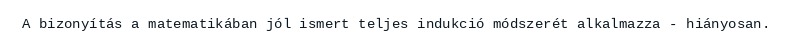
A bizonyítás a matematikában jól ismert teljes indukció módszerét alkalmazza - hiányosan.